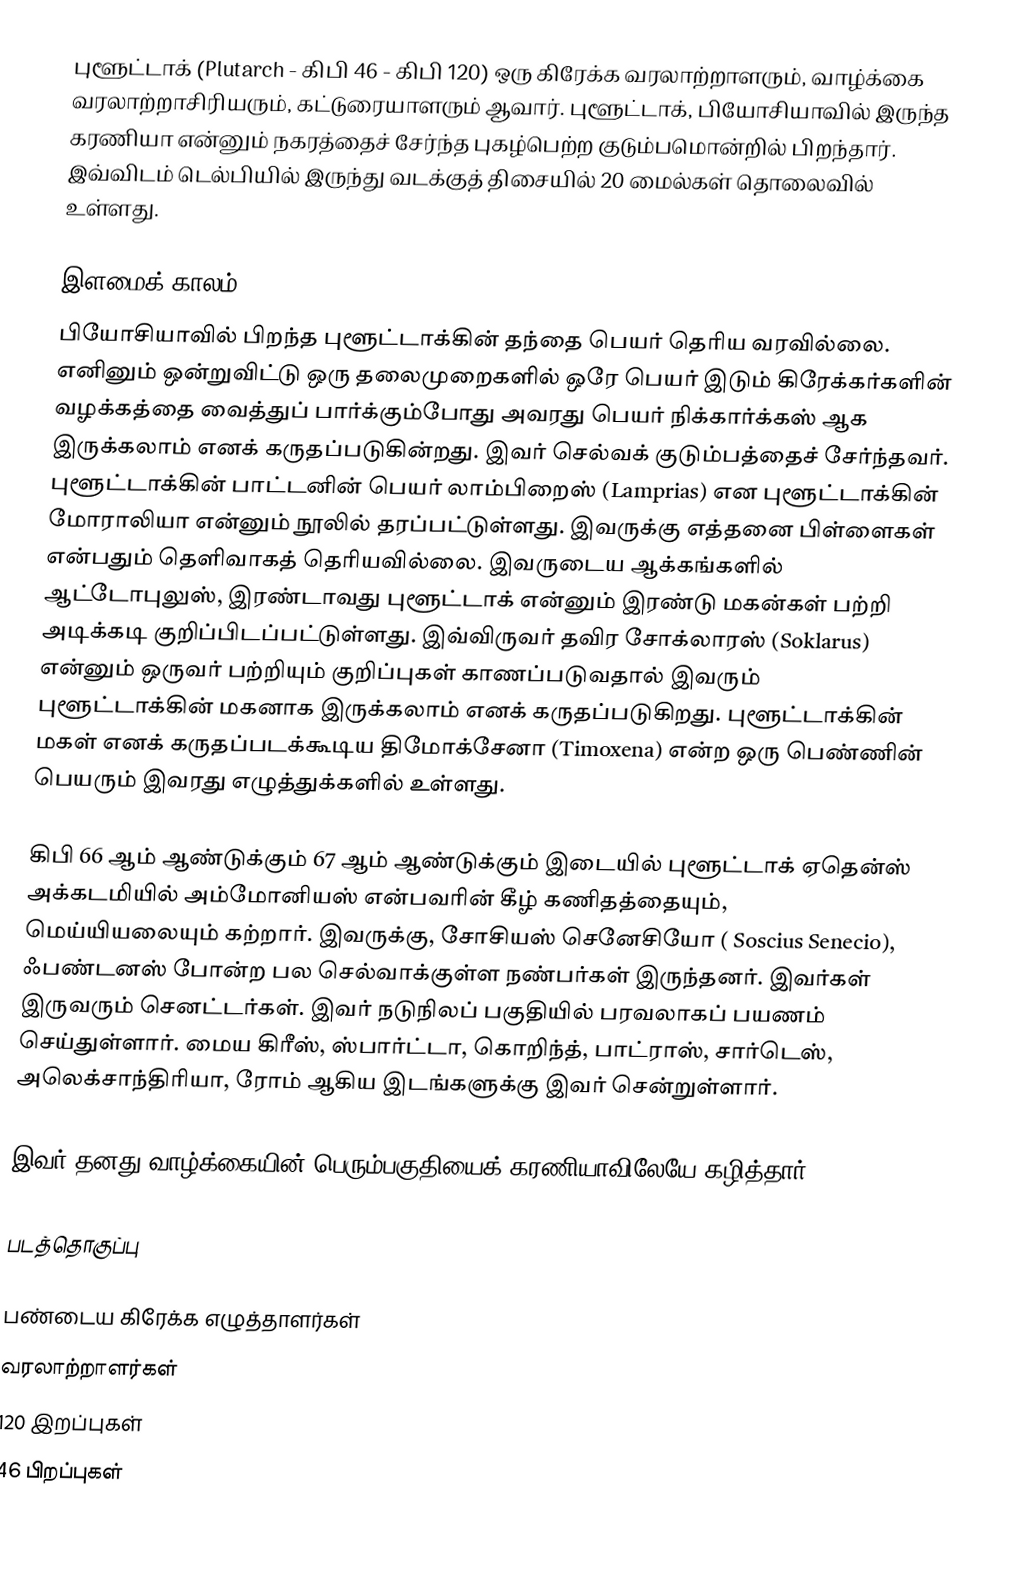
புளூட்டாக் (Plutarch - கிபி 46 - கிபி 120) ஒரு கிரேக்க வரலாற்றாளரும், வாழ்க்கை வரலாற்றாசிரியரும், கட்டுரையாளரும் ஆவார். புளூட்டாக், பியோசியாவில் இருந்த கரணியா என்னும் நகரத்தைச் சேர்ந்த புகழ்பெற்ற குடும்பமொன்றில் பிறந்தார். இவ்விடம் டெல்பியில் இருந்து வடக்குத் திசையில் 20 மைல்கள் தொலைவில் உள்ளது.

இளமைக் காலம்
பியோசியாவில் பிறந்த புளூட்டாக்கின் தந்தை பெயர் தெரிய வரவில்லை. எனினும் ஒன்றுவிட்டு ஒரு தலைமுறைகளில் ஒரே பெயர் இடும் கிரேக்கர்களின் வழக்கத்தை வைத்துப் பார்க்கும்போது அவரது பெயர் நிக்கார்க்கஸ் ஆக இருக்கலாம் எனக் கருதப்படுகின்றது. இவர் செல்வக் குடும்பத்தைச் சேர்ந்தவர். புளூட்டாக்கின் பாட்டனின் பெயர் லாம்பிறைஸ் (Lamprias) என புளூட்டாக்கின் மோராலியா என்னும் நூலில் தரப்பட்டுள்ளது. இவருக்கு எத்தனை பிள்ளைகள் என்பதும் தெளிவாகத் தெரியவில்லை. இவருடைய ஆக்கங்களில் ஆட்டோபுலுஸ், இரண்டாவது புளூட்டாக் என்னும் இரண்டு மகன்கள் பற்றி அடிக்கடி குறிப்பிடப்பட்டுள்ளது. இவ்விருவர் தவிர சோக்லாரஸ் (Soklarus) என்னும் ஒருவர் பற்றியும் குறிப்புகள் காணப்படுவதால் இவரும் புளூட்டாக்கின் மகனாக இருக்கலாம் எனக் கருதப்படுகிறது. புளூட்டாக்கின் மகள் எனக் கருதப்படக்கூடிய திமோக்சேனா (Timoxena) என்ற ஒரு பெண்ணின் பெயரும் இவரது எழுத்துக்களில் உள்ளது.

கிபி 66 ஆம் ஆண்டுக்கும் 67 ஆம் ஆண்டுக்கும் இடையில் புளூட்டாக் ஏதென்ஸ் அக்கடமியில் அம்மோனியஸ் என்பவரின் கீழ் கணிதத்தையும், மெய்யியலையும் கற்றார். இவருக்கு, சோசியஸ் செனேசியோ ( Soscius Senecio), ஃபண்டனஸ் போன்ற பல செல்வாக்குள்ள நண்பர்கள் இருந்தனர். இவர்கள் இருவரும் செனட்டர்கள். இவர் நடுநிலப் பகுதியில் பரவலாகப் பயணம் செய்துள்ளார். மைய கிரீஸ், ஸ்பார்ட்டா, கொறிந்த், பாட்ராஸ், சார்டெஸ், அலெக்சாந்திரியா, ரோம் ஆகிய இடங்களுக்கு இவர் சென்றுள்ளார்.

இவர் தனது வாழ்க்கையின் பெரும்பகுதியைக் கரணியாவிலேயே கழித்தார்.

படத்தொகுப்பு

பண்டைய கிரேக்க எழுத்தாளர்கள்
வரலாற்றாளர்கள்
120 இறப்புகள்
46 பிறப்புகள்